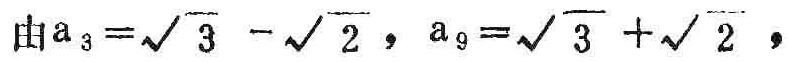
由\(a_{3}=\sqrt{3} - \sqrt{2}\)，\(a_{9}=\sqrt{3} + \sqrt{2}\)，